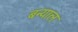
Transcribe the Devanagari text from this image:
बन्‍याल